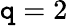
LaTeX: \mathtt{q}=2